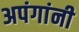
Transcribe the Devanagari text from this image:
अपंगांनी